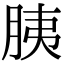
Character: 胰